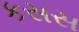
કસસ